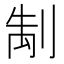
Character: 𭃭